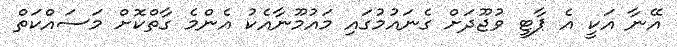
އޭނާ އަކީ އެ ޕާޓީ ވުޖޫދަށް ގެނައުމުގައި މައުމޫނާއެކު އެންމެ ގާތްކޮށް މަސައްކަތް